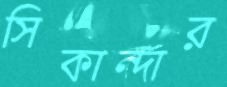
সিকান্দার